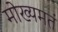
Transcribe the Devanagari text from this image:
मोख्यमतं